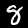
Label: 8